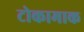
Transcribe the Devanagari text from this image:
टोकामाक